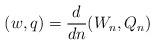
LaTeX: \begin{align*}(w,q)= \frac{d}{dn} (W_n,Q_n)\end{align*}